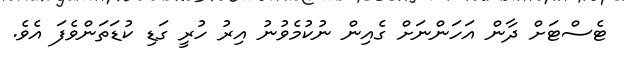
ޓެސްޓަށް ދާން އަހަންނަށް ގެއިން ނުކުމެވުނު އިރު ހުރީ ގަޑި ކުޑަތަންވެފަ އެވެ.